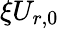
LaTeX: \xi U_{r,0}